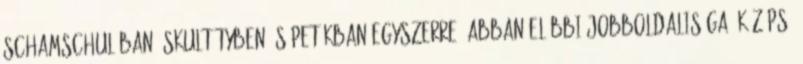
Schamschulában, Skultétyben és Pe­tákban egyszerre, abban előbbi jobboldalisága, középső